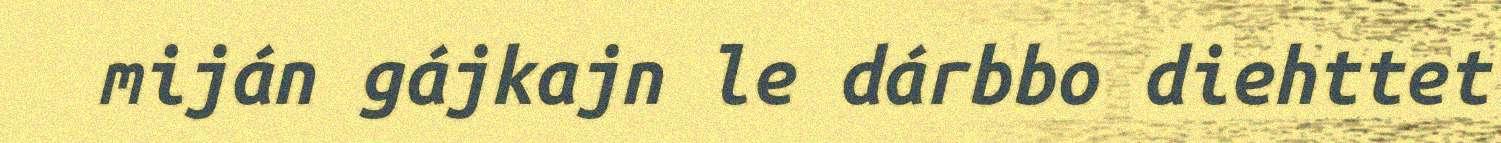
miján gájkajn le dárbbo diehttet